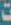
ت